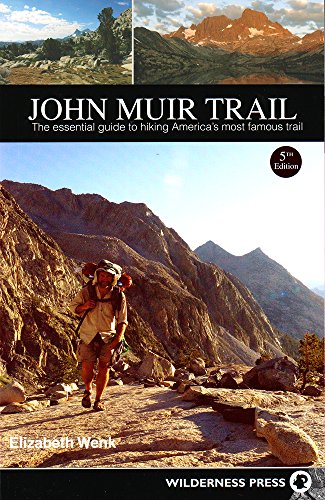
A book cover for John Muir Trail: The Essential Guide to Hiking America's Most Famous Trail; Elizabeth Wenk; Health, Fitness & Dieting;